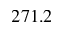
2 7 1 . 2